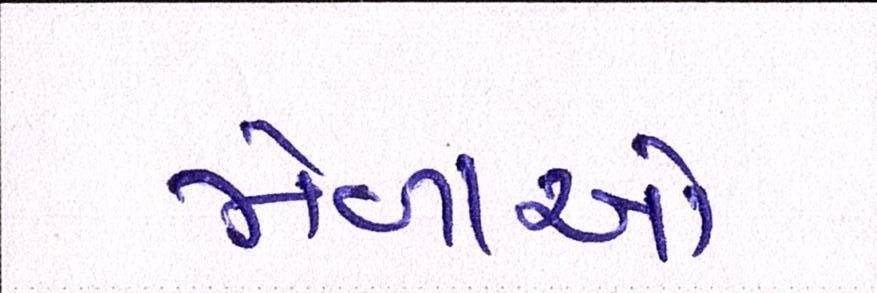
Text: મેળાઓ